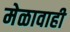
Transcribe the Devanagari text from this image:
मेळावाही